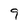
Character: 9